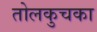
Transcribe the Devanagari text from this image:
तोलकुचका